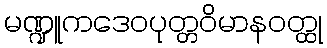
မဏ္ဍူကဒေဝပုတ္တဝိမာနဝတ္ထု